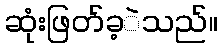
ဆုံးဖြတ်ခ့ဲသည်။